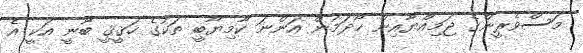
މަސްވެރީންގެ ޖަމިއްޔާއިން ހޯދަމުން އަންނަ ކާމިޔާބީ ތަކުގެ ހަޤީޤީ ބާނީ އަކީ އެ